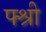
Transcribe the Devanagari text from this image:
फ्श्री